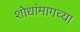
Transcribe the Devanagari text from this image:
शोधांमागच्या